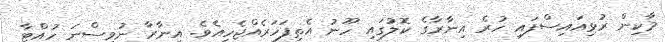
މާކިން ރުޅިއައިސްފައި ހުރެ އިނާރާގެ ކޮލުގައި ހޫނު އެތިފަހަރެއްޖެހިއެވެ. އިނާރާ ނުވިސްނަ ހުއްޓާ